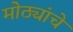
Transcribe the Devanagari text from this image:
मोठ्यांचे